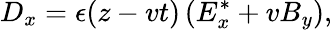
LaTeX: D_{x}=\epsilon(z-vt)\left(E_{x}^{*}+vB_{y}\right),